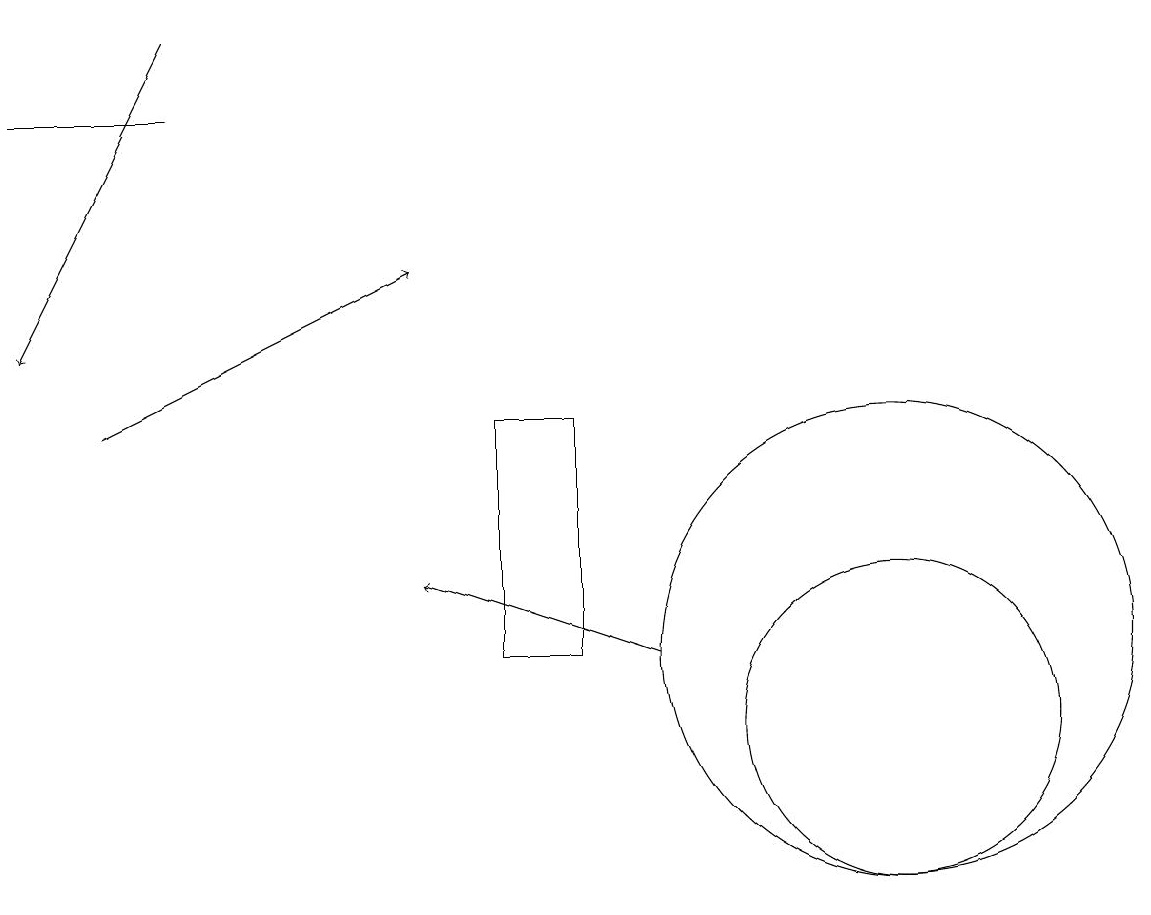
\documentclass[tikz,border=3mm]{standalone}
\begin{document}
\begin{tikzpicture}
\draw[->] (2,14) -- (6,16);
\draw (8,11) rectangle (7,14);
\draw (3,18) rectangle (1,18);
\draw[->] (3,19) -- (1,15);
\draw (12,10) circle (2);
\draw (12,11) circle (3);
\draw[->] (9,11) -- (6,12);
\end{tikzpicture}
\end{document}